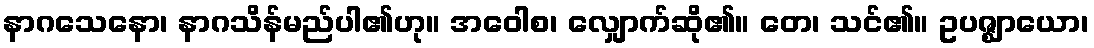
နာဂသေနော၊ နာဂသိန်မည်ပါ၏ဟု။ အဝေါစ၊ လျှောက်ဆို၏။ တေ၊ သင်၏။ ဥပဇ္ဈာယော၊